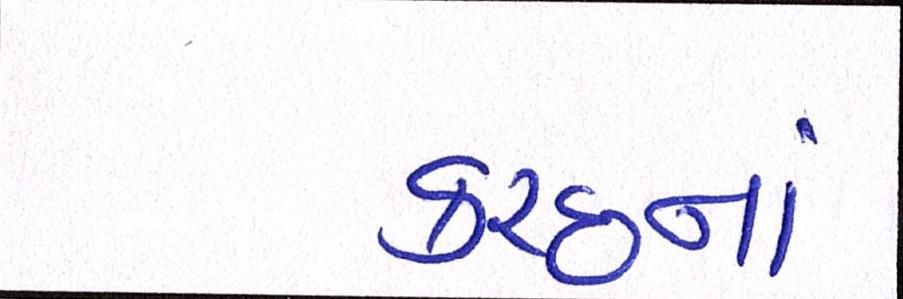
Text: કચ્છનાં